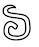
៦